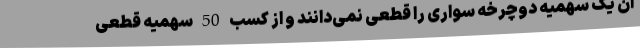
آن یک سهمیه دوچرخه سواری را قطعی نمی‌دانند و از کسب 50 سهمیه قطعی